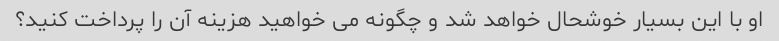
او با این بسیار خوشحال خواهد شد و چگونه می خواهید هزینه آن را پرداخت کنید؟